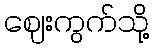
ဈေးကွက်သို့